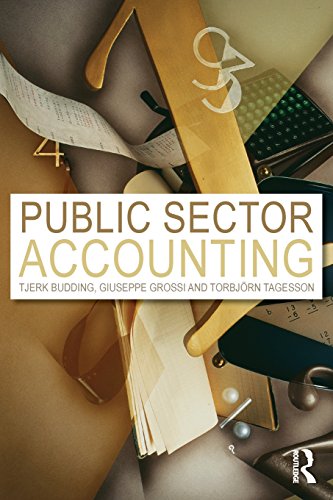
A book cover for Public Sector Accounting; Tjerk Budding; Business & Money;